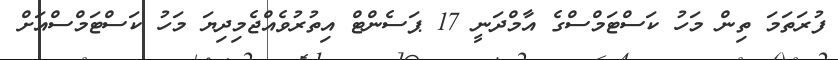
ފުރަތަމަ ތިން މަހު ކަސްޓަމްސްގެ އާމްދަނީ 17 ޕަސެންޓް އިތުރުވެއްޖެމިދިޔަ މަހު ކަސްޓަމްސްއަށް